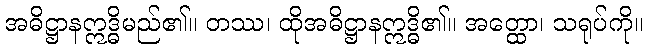
အဓိဋ္ဌာနဣဒ္ဓိမည်၏။ တဿ၊ ထိုအဓိဋ္ဌာနဣဒ္ဓိ၏။ အတ္ထော၊ သရုပ်ကို။